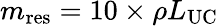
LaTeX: m_{\mathrm{res}}=10\times\rho L_{\mathrm{UC}}